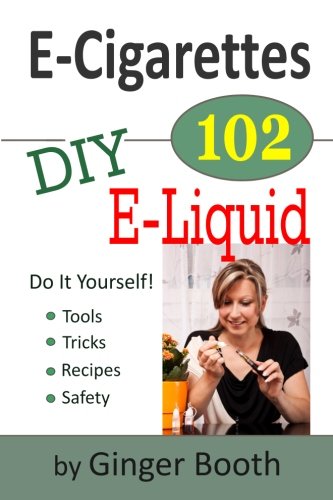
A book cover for E-Cigarettes 102: DIY E-Liquid (E-Cigarettes 101) (Volume 2); Ginger Booth; Health, Fitness & Dieting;